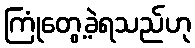
ကြုံတွေ့ခဲ့ရသည်ဟု